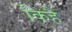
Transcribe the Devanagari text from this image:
किहै